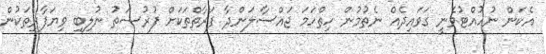
އެކަން ނުހުއްޓުވެނީ ގަވައިދެއް ނެތުމުން ހިތްހަމަ ޖައްސާލަންދާ ފަރާތްތަކަށް ފުރުސަތު ނުލިބި ވިޔަފާރިތަކުން